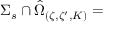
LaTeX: { \Sigma _ { s } } \cap \hat { \Omega } _ { \left( \zeta , \zeta ^ { \prime } , K \right) } =